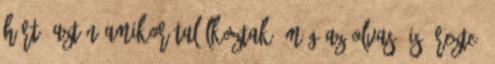
hírt. Aztán amikor találkoztak, még az olvasó is érezte,